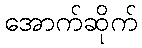
အောက်ဆိုက်